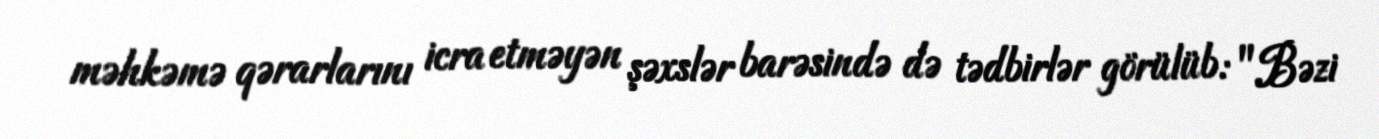
məhkəmə qərarlarını icra etməyən şəxslər barəsində də tədbirlər görülüb: "Bəzi